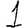
Digit: 1